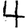
Digit: 4